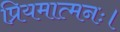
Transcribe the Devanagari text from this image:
प्रियमात्मनः।